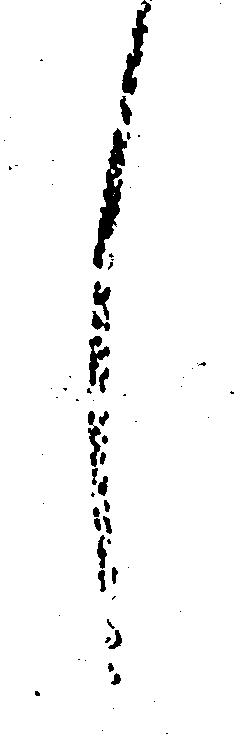
し